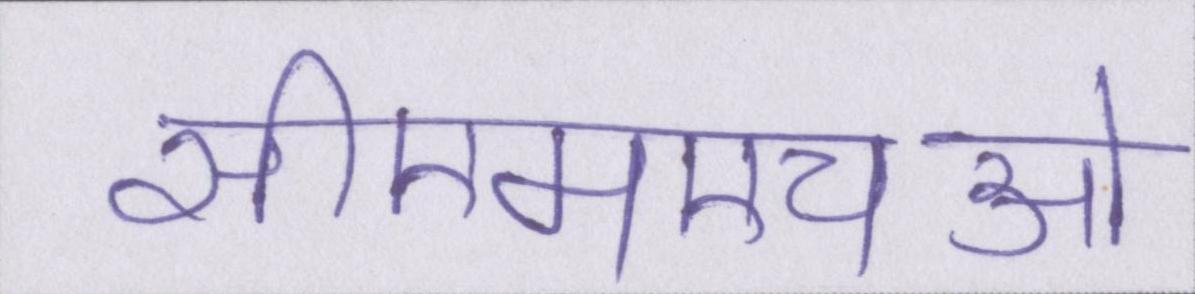
सीएमएचओ